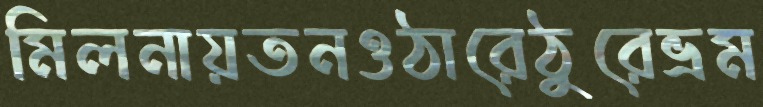
মিলনায়তনওঠারেঠুরেভ্রম